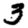
Digit: 3